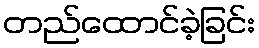
တည်ထောင်ခဲ့ခြင်း